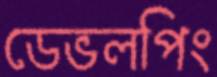
ডেভলপিং